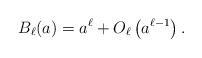
LaTeX: \begin{align*}B_\ell(a)=a^\ell+O_\ell\left(a^{\ell-1}\right).\end{align*}